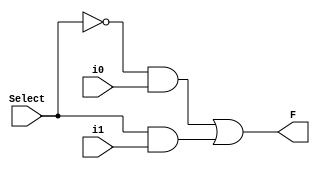
`timescale 1ns / 1ps
//////////////////////////////////////////////////////////////////////////////////
// Company: 
// Engineer: 
// 
// Design Name: 
// Module Name: mux2to1
// Project Name: 
// Target Devices: 
// Tool Versions: 
// Description: 
// 
// Dependencies: 
// 
// Revision:
// Revision 0.01 - File Created
// Additional Comments:
// 
//////////////////////////////////////////////////////////////////////////////////


module mux2to1(F,Select,i0,i1);
    input Select, i0, i1;
    output F;
    
    wire w1, w2, w3; 
    
    not not_sel(w1,Select);
    and top_and(w2,w1,i0);
    and bot_and(w3,Select,i1);
    or mid_or(F,w2,w3);
    
endmodule